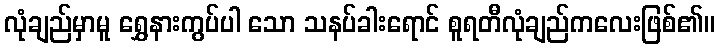
လုံချည်မှာမူ ရွှေနားကွပ်ပါ သော သနပ်ခါးရောင် စူရတီလုံချည်ကလေးဖြစ်၏။